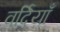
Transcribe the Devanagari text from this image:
वर्दियाँ